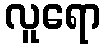
လူရော